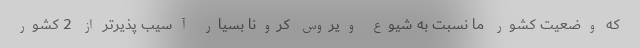
که وضعیت کشور ما نسبت به شیوع ویروس کرونا بسیار آسیب پذیرتر از 2 کشور